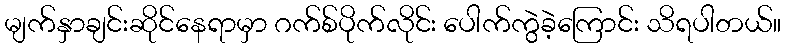
မျက်နှာချင်းဆိုင်နေရာမှာ ဂက်စ်ပိုက်လိုင်း ပေါက်ကွဲခဲ့ကြောင်း သိရပါတယ်။